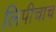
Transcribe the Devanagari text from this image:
लिपीचाच